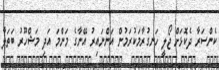
ކެންސަރާ ދެކޮޅަށް ޖޯލީ ހަނގުރާމަކުރަމުން އަންނައިރު އޭނާގެ މަންމަ އަދި މަޝްހޫރު ބަތަލާ